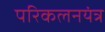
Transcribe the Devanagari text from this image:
परिकलनयंत्र